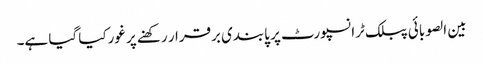
بین الصوبائی پبلک ٹرانسپورٹ پر پابندی برقرار رکھنے پر غورکیا گیا ہے۔